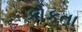
કોકતા